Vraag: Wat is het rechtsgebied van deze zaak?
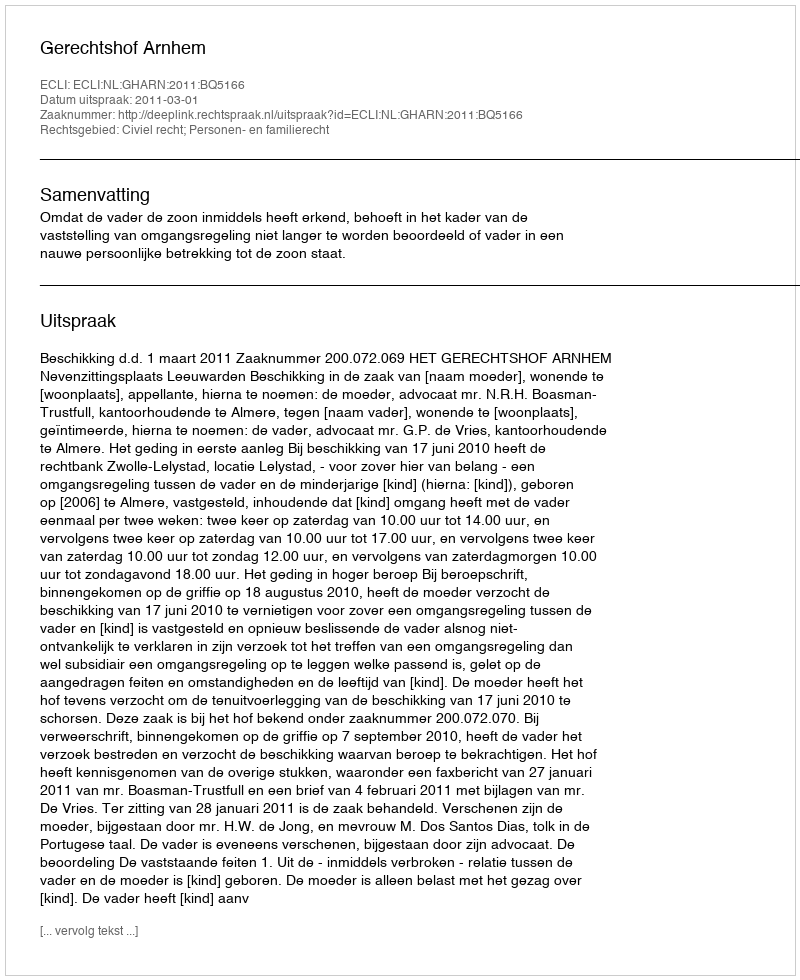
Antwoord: Civiel recht; Personen- en familierecht